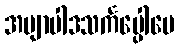
အဗျာပါဒသင်္ကပ္ပေါပေ